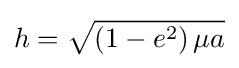
h={\sqrt {\left(1-e^{2}\right)\mu a}}